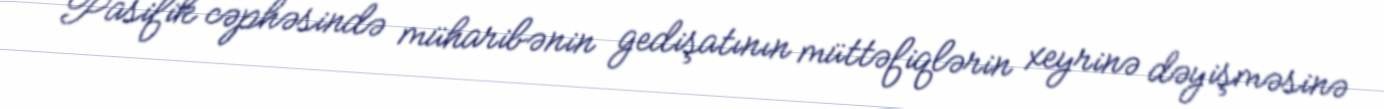
Pasifik cəphəsində müharibənin gedişatının müttəfiqlərin xeyrinə dəyişməsinə